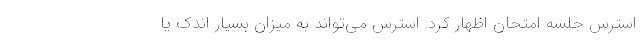
استرس جلسه امتحان اظهار کرد: استرس می‌تواند به میزان بسیار اندک یا